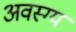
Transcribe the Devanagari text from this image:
अवस्ग्य